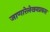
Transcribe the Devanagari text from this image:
जाणारेलेखनप्रकार